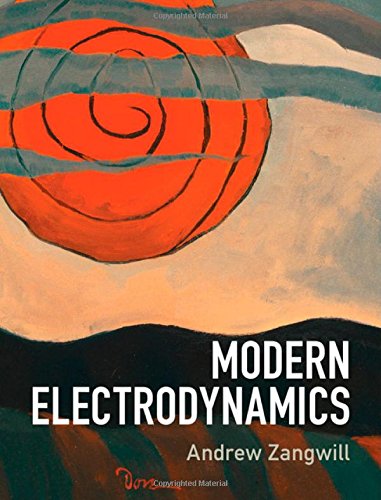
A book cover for Modern Electrodynamics; Andrew Zangwill; Science & Math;